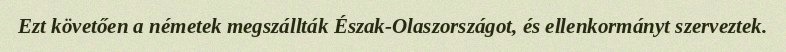
Ezt követően a németek megszállták Észak-Olaszországot, és ellenkormányt szerveztek.